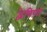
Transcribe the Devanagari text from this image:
द्वेषिणां